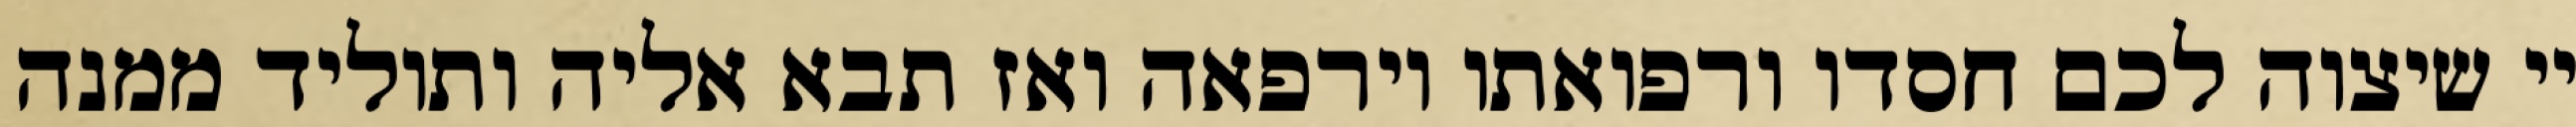
יי שיצוה לכם חסדו ורפואתו וירפאה ואז תבא אליה ותוליד ממנה